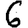
Digit: 6